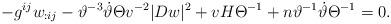
LaTeX: \begin{align*}- g^{ij} w_{:ij} -\vartheta^{-3} \dot\vartheta \Theta v^{-2} |Dw|^2 + v H \Theta^{-1} + n \vartheta^{-1} \dot\vartheta \Theta^{-1} =0.\end{align*}